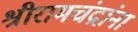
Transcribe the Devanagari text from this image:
श्रीरामचंद्रांना